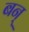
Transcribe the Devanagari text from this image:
बन्